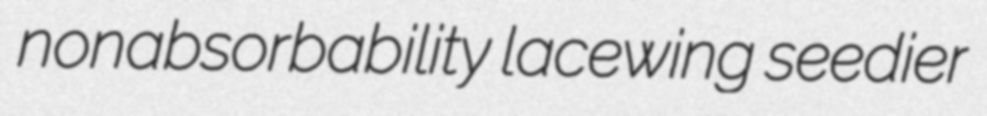
nonabsorbability lacewing seedier